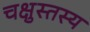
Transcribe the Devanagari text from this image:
चक्षुस्तस्य